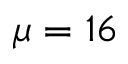
\mu = 1 6